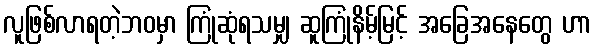
လူဖြစ်လာရတဲ့ဘဝမှာ ကြုံဆုံရသမျှ ဆူကြုံနိမ့်မြင့် အခြေအနေတွေ ဟာ